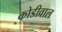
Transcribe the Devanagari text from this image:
कोडीवाल